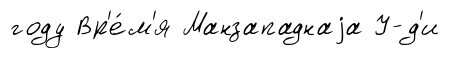
году Вр'е́м'я Манзападнаjа У-д'и